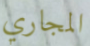
المجاري